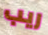
ريب